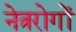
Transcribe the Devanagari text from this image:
नेत्ररोगों